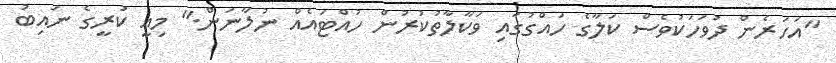
"އަހަރެން ދުވަހަކުވެސް ކަލާގެ ހައްގުގައި ވަކާލާތުކުރުން ހުއްޓައެއް ނުލާނަން." މިއީ ކުރީގެ ނައިބު